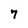
Character: 7